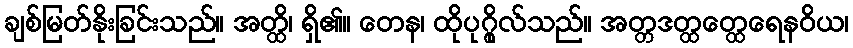
ချစ်မြတ်နိုးခြင်းသည်။ အတ္ထိ၊ ရှိ၏။ တေန၊ ထိုပုဂ္ဂိုလ်သည်။ အတ္တဒတ္ထတ္ထေရေနဝိယ၊